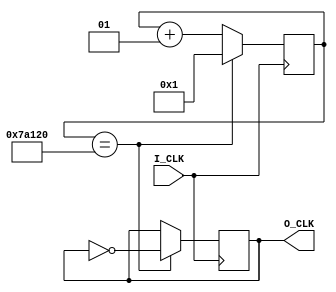
module divider100Hz(input I_CLK, output reg O_CLK = 0);
integer n = 1;
parameter times = 1000000;
always @(posedge I_CLK)
begin
    if (n == times / 2)
        begin
            O_CLK = ~O_CLK;
            n = 1;
        end
    else n = n + 1;
end
endmodule